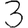
Digit: 3